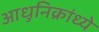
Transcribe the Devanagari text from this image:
आधुनिक्रांध्ये